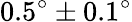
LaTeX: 0.5^{\circ}\pm 0.1^{\circ}